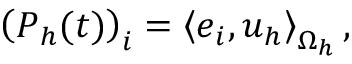
\left( \boldsymbol { P } _ { h } ( t ) \right) _ { i } = \left< \boldsymbol { e } _ { i } , \boldsymbol { u } _ { h } \right> _ { \Omega _ { h } } ,